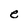
Character: e